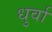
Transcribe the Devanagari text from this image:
धुर्वा